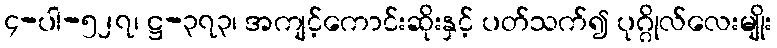
၄-ပါ-၅၂၇၊ ဋ္ဌ-၃၇၃၊ အကျင့်ကောင်းဆိုးနှင့် ပတ်သက်၍ ပုဂ္ဂိုလ်လေးမျိုး